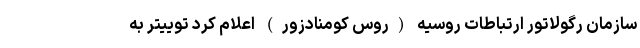
سازمان رگولاتور ارتباطات روسیه (روس کومنادزور) اعلام کرد توییتر به